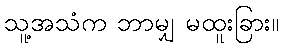
သူ့အသံက ဘာမျှ မထူးခြား။